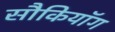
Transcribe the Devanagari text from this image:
सौकियॉग